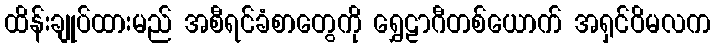
ထိန်းချုပ်ထားမည် အစီရင်ခံစာတွေကို ရွှေဠာဂီတစ်ယောက် အရှင်ဝိမလက